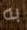
به